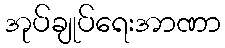
အုပ်ချုပ်ရေးအာဏာ